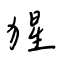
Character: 猩